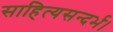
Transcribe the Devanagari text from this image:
साहित्यसन्दर्भ।